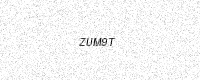
Text: ZUM9T